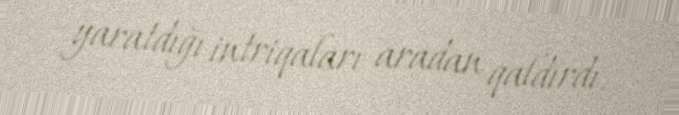
yaratdığı intriqaları aradan qaldırdı.